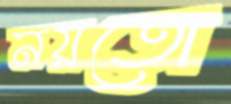
নয়তো